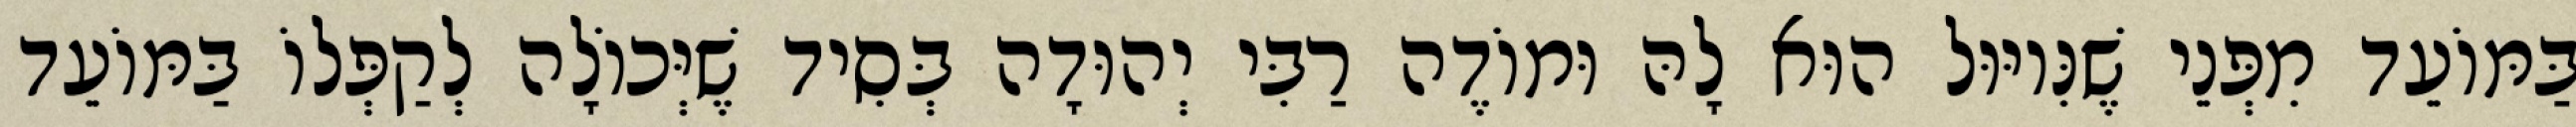
בַּמּוֹעֵד מִפְּנֵי שֶׁנִּיוּוּל הוּא לָהּ וּמוֹדֶה רַבִּי יְהוּדָה בְּסִיד שֶׁיְּכוֹלָה לְקַפְּלוֹ בַּמּוֹעֵד